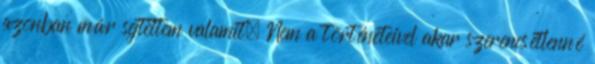
azonban már sejtettem valamit. Nem a történeteivel akar szerencsétlenné